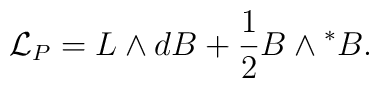
{\cal L}_{P}=L\wedge dB+\frac{1}{2}B\wedge {}^{*}B.